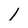
Character: 1